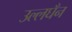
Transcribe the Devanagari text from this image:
उल्लघँन